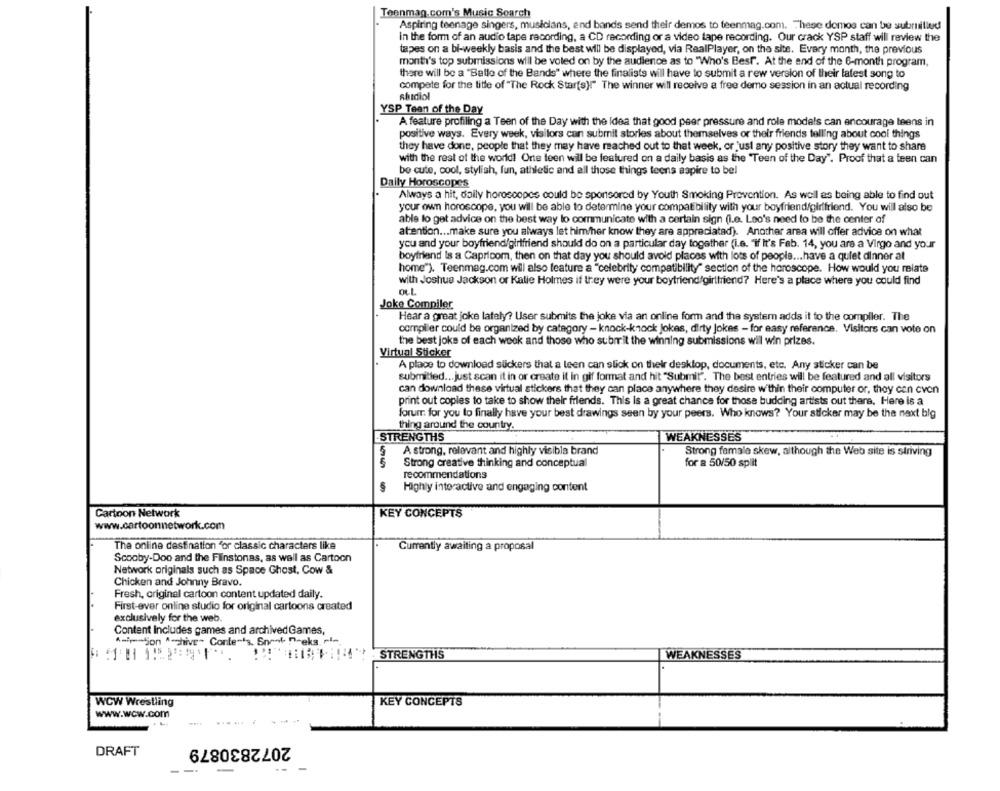
Teenmag.com's Music Search
Aspiring teenage singers, musicians, end bands send their demos to teenmag.com. These demos can be submitlud
In the form of an audio tape recording, a CD recording or a video tape recording. Our crack YSP staff will review the
tapes on a bi-weekly basis and the best will be displayed, via RealPlayer, on the site. Every month, the previous
month's top submissions will be voled on by the audience as to "Who's Best". At the end of the 6-month program,
there will be a "Ballo of the Bands" where the finalists will have to submit a rew version of their latest song to
compete for the title of "The Rock Starts)!" The winner will receive a free demo session in an actual recording
shidiol
YSP Tean of the Day
A feature profiling a Teen of the Day with the Idea that good peer pressure and role models can encourage teens in
positive ways. Every week, visitors can submit stories about themselves or their friends telling about cool things
they have done, people that they may have reached out to that week, or just any positive story they want to share
with the rest of the world! Onte teen will be featured on a daily basis as the "Teen of the Day". Proof that a teen can
be cute, cool, stylish, fun, athletic and all those things teens aspire to bel
Daily Horoscopes
Always a hit, daily horoscopes could be sponsored by Youth Smoking Prevention. As well as being able to find out
your own horoscope, you will be able to determine your compatibility with your boyfriend/girlfriend. You will also be
able to get advice on the best way lo communicate with a certain sign (i.e. Leo's need to be the center of
atention ... make sure you always let him/her know they are appreciated). Another area will offer advice on what
you and your boyfriend/girlfriend should do on a particular day together (i.e. "if It's Fab. 14, you are a Virgo and your
boyfriend Is a Capricom, then on that day you should avoid places with lots of people ... have a quiet dinner at
home"). Teenmag.com will also feature a "celebrity compatibility" section of the horoscope. How would you relate
with Joshua Jackson or Katie Holmes if they were your boyfriend/girlfriend? Here's a place where you could find
Joke Compiler
Hear a great joke lately? User submits the joke via an online form and the system adds it to the compiler. The
compiler could be organized by category - knock-knock jokes, dirty Jokes - for easy reference. Visitors can vote on
the best joke of each wook and those who submit the winning submissions will win prizes.
Virtual Sticker
A place to download stickers that a leen can slick on their desktop, documents, etc. Any sticker can be
submitted ... just scan it in or create it in gif format and hit "Submit". The best entries will be featured and all visitors
can download these virtual stickers that they can place anywhere they desire within their computer or, they can cvon
print out copies to take to show their friends. This is a great chance for those budding artists out there. Here is a
forum for you to finally have your best drawings seen by your peers. Who knows? Your sticker may be the next big
thing around the country.
STRENGTHS
WEAKNESSES
A strong, relevant and highly visible brand
Strong female skew, although the Web site is striving
Strong creative thinking and conceptual
for a 50/50 split
recommendations
Highly interactive and engaging content
Cartoon Network
KEY CONCEPTS
www.cartoonnetwork.com
The online destination "or classic characters like
Currently awaiting a proposal
Scooby-Doo and the Flinstones, as well as Cartoon
Network originals such as Space Ghost, Cow &
Chicken and Johnny Bravo.
Fresh, original cartoon content updated daily.
First-ever online studio for original cartoons created
exclusively for the web.
Content Includes games and archived Games,
4 --- jon "-hive" Contents. Snoot Drekg. ri-
STRENGTHS
WEAKNESSES
WCW Wrestling
KEY CONCEPTS
www.wow.com
......
2072830879
DRAFT